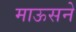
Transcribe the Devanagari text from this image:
माऊसने